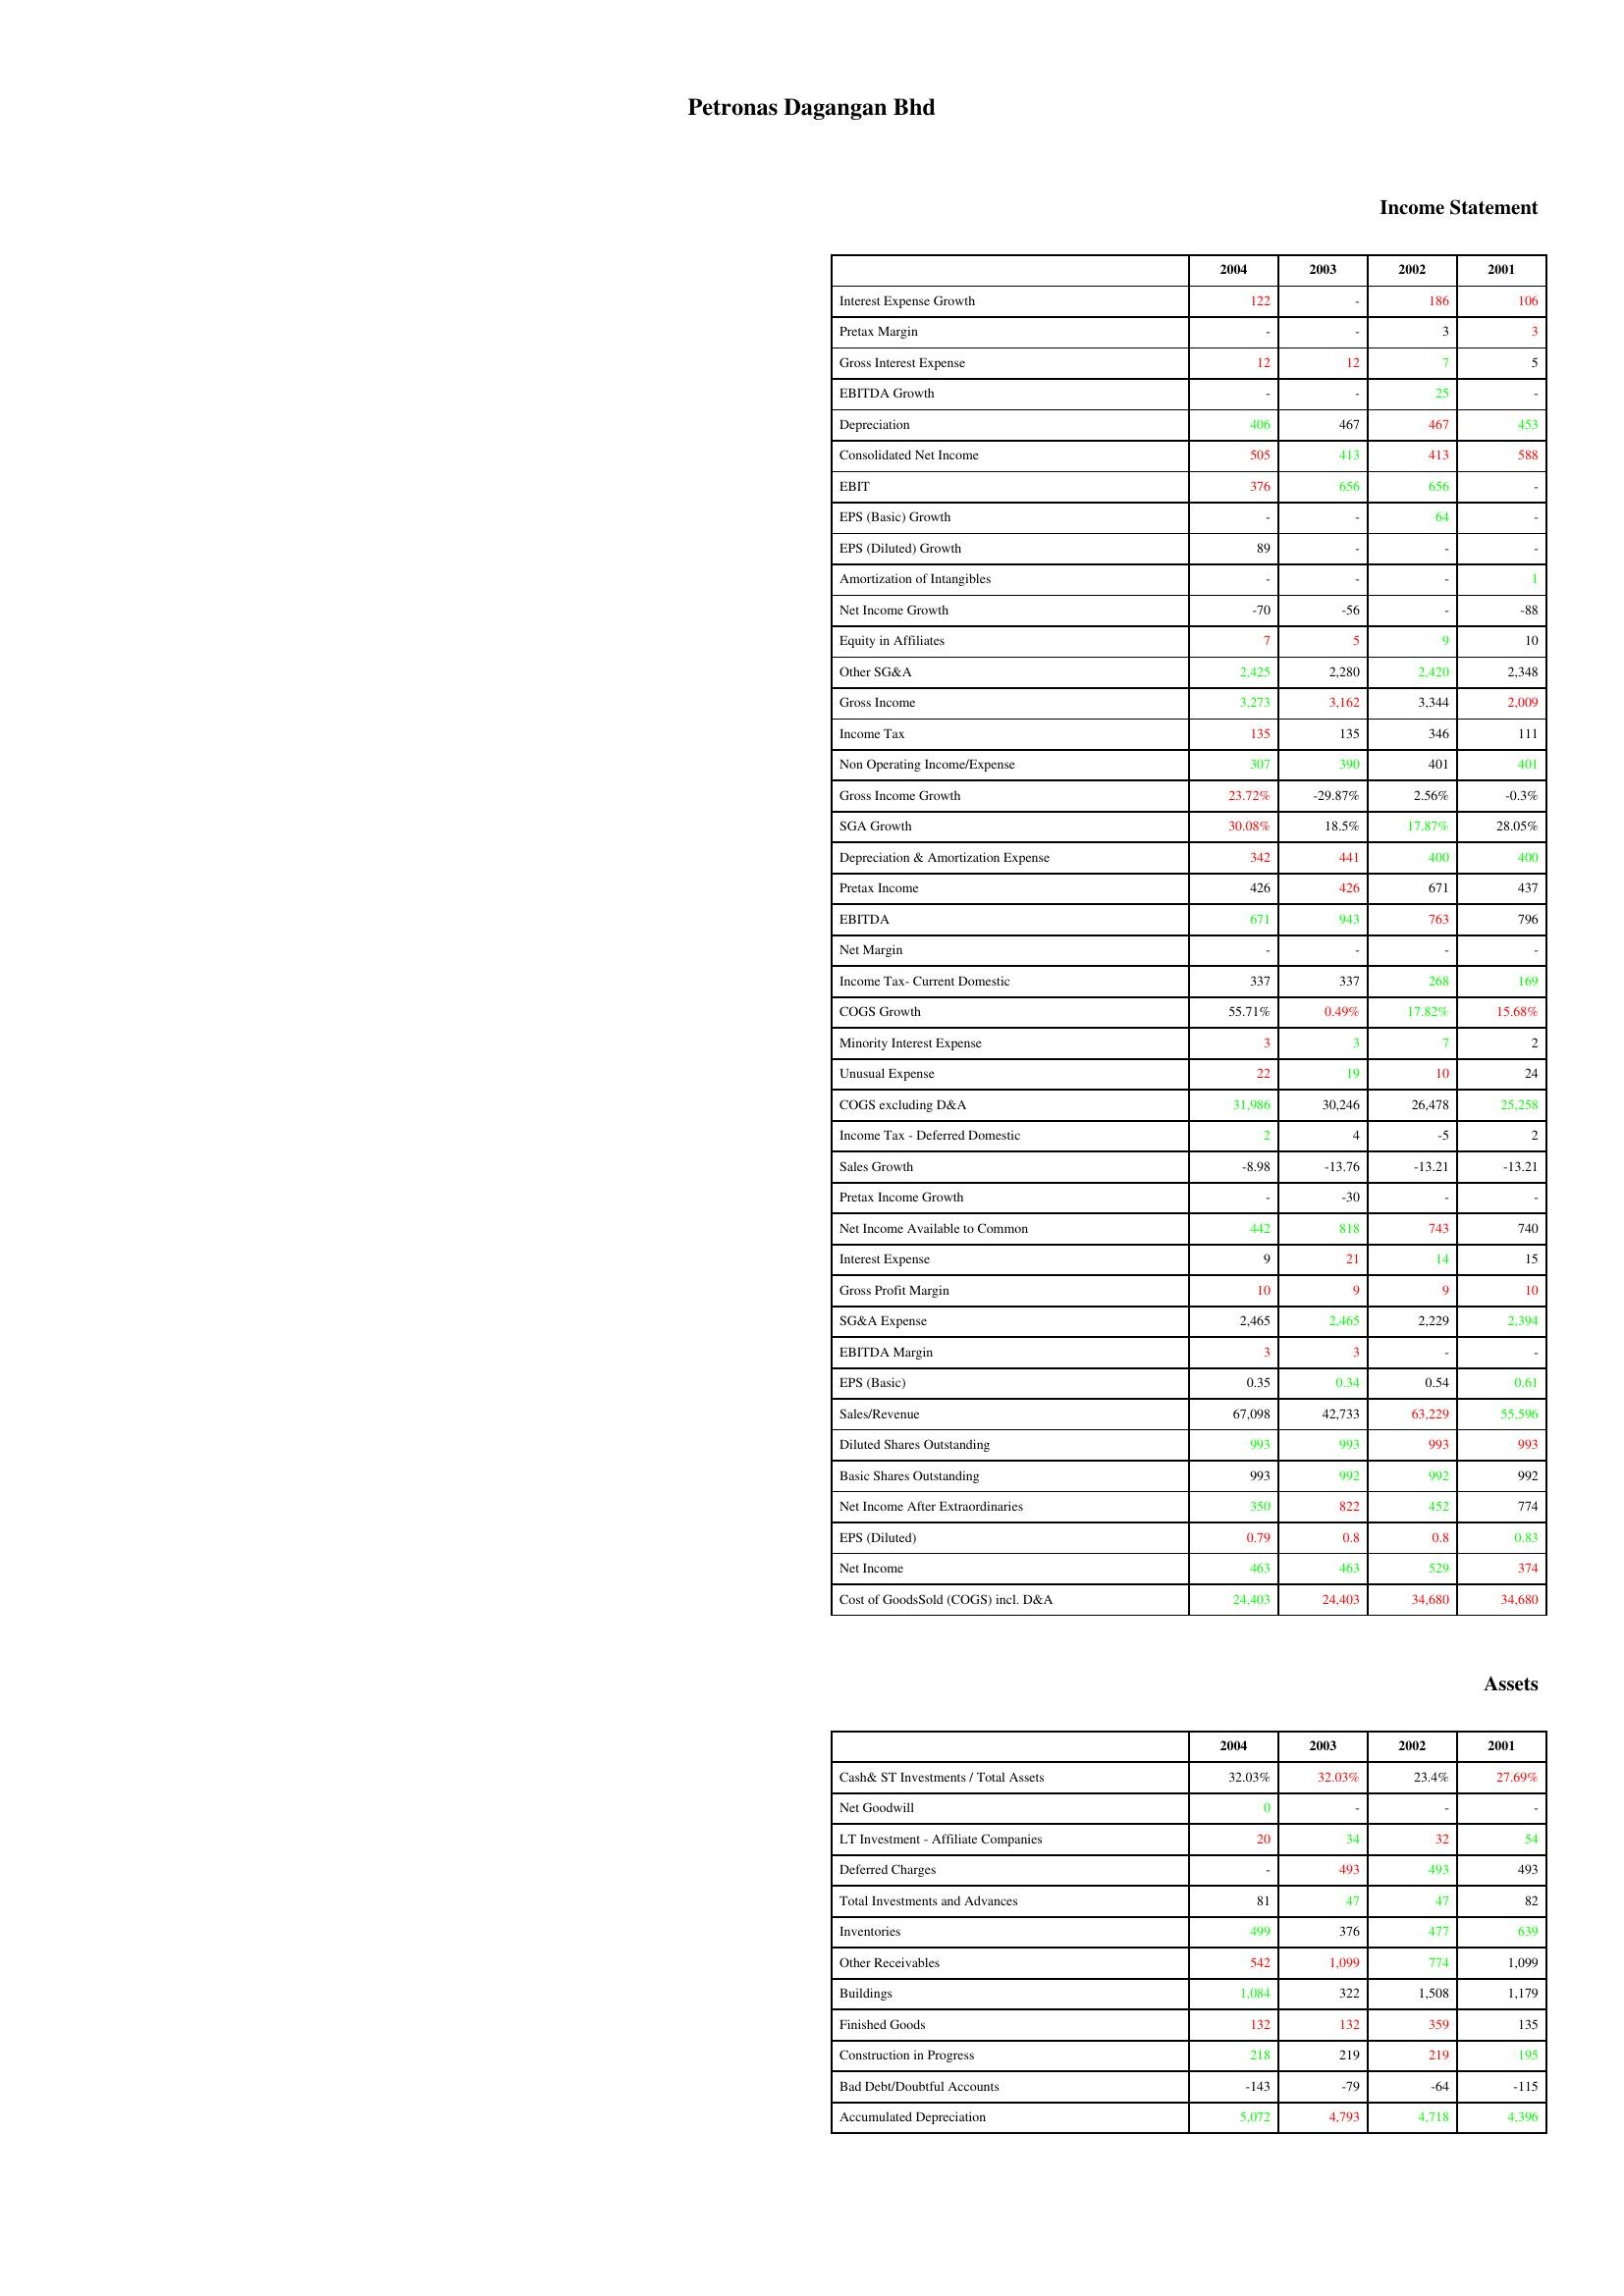
gt_parse: 2004: Income Statement: Interest Expense Growth: 122
Pretax Margin: -
Gross Interest Expense: 12
EBITDA Growth: -
Depreciation: 406
Consolidated Net Income: 505
EBIT: 376
EPS (Basic) Growth: -
EPS (Diluted) Growth: 89
Amortization of Intangibles: -
Net Income Growth: -70
Equity in Affiliates: 7
Other SG&A: 2,425
Gross Income: 3,273
Income Tax: 135
Non Operating Income/Expense: 307
Gross Income Growth: 23.72%
SGA Growth: 30.08%
Depreciation & Amortization Expense: 342
Pretax Income: 426
EBITDA: 671
Net Margin: -
Income Tax- Current Domestic: 337
COGS Growth: 55.71%
Minority Interest Expense: 3
Unusual Expense: 22
COGS excluding D&A: 31,986
Income Tax - Deferred Domestic: 2
Sales Growth: -8.98
Pretax Income Growth: -
Net Income Available to Common: 442
Interest Expense: 9
Gross Profit Margin: 10
SG&A Expense: 2,465
EBITDA Margin: 3
EPS (Basic): 0.35
Sales/Revenue: 67,098
Diluted Shares Outstanding: 993
Basic Shares Outstanding: 993
Net Income After Extraordinaries: 350
EPS (Diluted): 0.79
Net Income: 463
Cost of GoodsSold (COGS) incl. D&A: 24,403
Assets: Cash& ST Investments / Total Assets: 32.03%
Net Goodwill: 0
LT Investment - Affiliate Companies: 20
Deferred Charges: -
Total Investments and Advances: 81
Inventories: 499
Other Receivables: 542
Buildings: 1,084
Finished Goods: 132
Construction in Progress: 218
Bad Debt/Doubtful Accounts: -143
Accumulated Depreciation: 5,072
2003: Income Statement: Interest Expense Growth: -
Pretax Margin: -
Gross Interest Expense: 12
EBITDA Growth: -
Depreciation: 467
Consolidated Net Income: 413
EBIT: 656
EPS (Basic) Growth: -
EPS (Diluted) Growth: -
Amortization of Intangibles: -
Net Income Growth: -56
Equity in Affiliates: 5
Other SG&A: 2,280
Gross Income: 3,162
Income Tax: 135
Non Operating Income/Expense: 390
Gross Income Growth: -29.87%
SGA Growth: 18.5%
Depreciation & Amortization Expense: 441
Pretax Income: 426
EBITDA: 943
Net Margin: -
Income Tax- Current Domestic: 337
COGS Growth: 0.49%
Minority Interest Expense: 3
Unusual Expense: 19
COGS excluding D&A: 30,246
Income Tax - Deferred Domestic: 4
Sales Growth: -13.76
Pretax Income Growth: -30
Net Income Available to Common: 818
Interest Expense: 21
Gross Profit Margin: 9
SG&A Expense: 2,465
EBITDA Margin: 3
EPS (Basic): 0.34
Sales/Revenue: 42,733
Diluted Shares Outstanding: 993
Basic Shares Outstanding: 992
Net Income After Extraordinaries: 822
EPS (Diluted): 0.8
Net Income: 463
Cost of GoodsSold (COGS) incl. D&A: 24,403
Assets: Cash& ST Investments / Total Assets: 32.03%
Net Goodwill: -
LT Investment - Affiliate Companies: 34
Deferred Charges: 493
Total Investments and Advances: 47
Inventories: 376
Other Receivables: 1,099
Buildings: 322
Finished Goods: 132
Construction in Progress: 219
Bad Debt/Doubtful Accounts: -79
Accumulated Depreciation: 4,793
2002: Income Statement: Interest Expense Growth: 186
Pretax Margin: 3
Gross Interest Expense: 7
EBITDA Growth: 25
Depreciation: 467
Consolidated Net Income: 413
EBIT: 656
EPS (Basic) Growth: 64
EPS (Diluted) Growth: -
Amortization of Intangibles: -
Net Income Growth: -
Equity in Affiliates: 9
Other SG&A: 2,420
Gross Income: 3,344
Income Tax: 346
Non Operating Income/Expense: 401
Gross Income Growth: 2.56%
SGA Growth: 17.87%
Depreciation & Amortization Expense: 400
Pretax Income: 671
EBITDA: 763
Net Margin: -
Income Tax- Current Domestic: 268
COGS Growth: 17.82%
Minority Interest Expense: 7
Unusual Expense: 10
COGS excluding D&A: 26,478
Income Tax - Deferred Domestic: -5
Sales Growth: -13.21
Pretax Income Growth: -
Net Income Available to Common: 743
Interest Expense: 14
Gross Profit Margin: 9
SG&A Expense: 2,229
EBITDA Margin: -
EPS (Basic): 0.54
Sales/Revenue: 63,229
Diluted Shares Outstanding: 993
Basic Shares Outstanding: 992
Net Income After Extraordinaries: 452
EPS (Diluted): 0.8
Net Income: 529
Cost of GoodsSold (COGS) incl. D&A: 34,680
Assets: Cash& ST Investments / Total Assets: 23.4%
Net Goodwill: -
LT Investment - Affiliate Companies: 32
Deferred Charges: 493
Total Investments and Advances: 47
Inventories: 477
Other Receivables: 774
Buildings: 1,508
Finished Goods: 359
Construction in Progress: 219
Bad Debt/Doubtful Accounts: -64
Accumulated Depreciation: 4,718
2001: Income Statement: Interest Expense Growth: 106
Pretax Margin: 3
Gross Interest Expense: 5
EBITDA Growth: -
Depreciation: 453
Consolidated Net Income: 588
EBIT: -
EPS (Basic) Growth: -
EPS (Diluted) Growth: -
Amortization of Intangibles: 1
Net Income Growth: -88
Equity in Affiliates: 10
Other SG&A: 2,348
Gross Income: 2,009
Income Tax: 111
Non Operating Income/Expense: 401
Gross Income Growth: -0.3%
SGA Growth: 28.05%
Depreciation & Amortization Expense: 400
Pretax Income: 437
EBITDA: 796
Net Margin: -
Income Tax- Current Domestic: 169
COGS Growth: 15.68%
Minority Interest Expense: 2
Unusual Expense: 24
COGS excluding D&A: 25,258
Income Tax - Deferred Domestic: 2
Sales Growth: -13.21
Pretax Income Growth: -
Net Income Available to Common: 740
Interest Expense: 15
Gross Profit Margin: 10
SG&A Expense: 2,394
EBITDA Margin: -
EPS (Basic): 0.61
Sales/Revenue: 55,596
Diluted Shares Outstanding: 993
Basic Shares Outstanding: 992
Net Income After Extraordinaries: 774
EPS (Diluted): 0.83
Net Income: 374
Cost of GoodsSold (COGS) incl. D&A: 34,680
Assets: Cash& ST Investments / Total Assets: 27.69%
Net Goodwill: -
LT Investment - Affiliate Companies: 54
Deferred Charges: 493
Total Investments and Advances: 82
Inventories: 639
Other Receivables: 1,099
Buildings: 1,179
Finished Goods: 135
Construction in Progress: 195
Bad Debt/Doubtful Accounts: -115
Accumulated Depreciation: 4,396